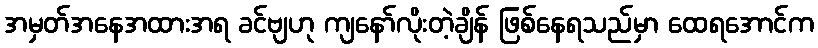
အမှတ်အနေအထားအရ ခင်ဗျဟု ကျနော်လိုးတဲ့ချိန် ဖြစ်နေရသည်မှာ ထေရအောင်က